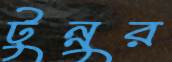
টুন্নুর